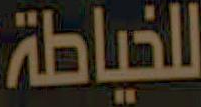
للخياطة